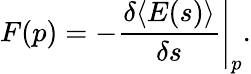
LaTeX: F(p)=-\left.{\frac{\delta\langle E(s)\rangle}{\delta s}}\right\vert_{p}.